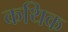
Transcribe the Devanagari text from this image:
कथिक